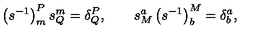
\left( s ^ { - 1 } \right) _ { m } ^ { P } s _ { Q } ^ { m } = \delta _ { Q } ^ { P } , \qquad s _ { M } ^ { a } \left( s ^ { - 1 } \right) _ { b } ^ { M } = \delta _ { b } ^ { a } ,